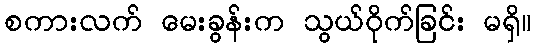
စကားလက် မေးခွန်းက သွယ်ဝိုက်ခြင်း မရှိ။